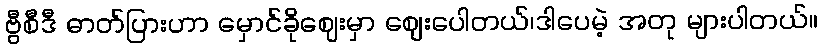
ဗွီစီဒီ ဓာတ်ပြားဟာ မှောင်ခိုဈေးမှာ ဈေးပေါတယ်၊ဒါပေမဲ့ အတု များပါတယ်။